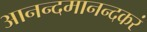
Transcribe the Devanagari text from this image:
आनन्दमानन्दकरं